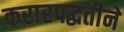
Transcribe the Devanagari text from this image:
करारपद्धतीने